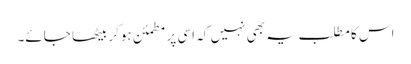
اس کا مطلب یہ بھی نہیں کہ اسی پر مطمئن ہوکر بیٹھا جائے۔